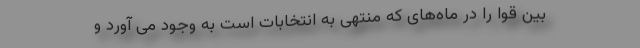
بین قوا را در ماه‌های که منتهی به انتخابات است به وجود می آورد و